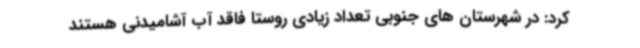
کرد: در شهرستان های جنوبی تعداد زیادی روستا فاقد آب آشامیدنی هستند